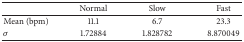
|  | Normal | Slow | Fast |
 | --- | --- | --- | --- |
 | Mean (bpm) | 11.1 | 6.7 | 23.3 |
 | σ | 1.72884 | 1.828782 | 8.870049 |